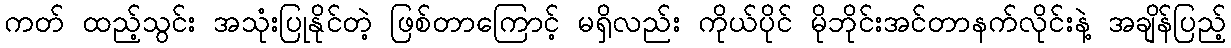
ကတ် ထည့်သွင်း အသုံးပြုနိုင်တဲ့ ဖြစ်တာကြောင့် မရှိလည်း ကိုယ်ပိုင် မိုဘိုင်းအင်တာနက်လိုင်းနဲ့ အချိန်ပြည့်